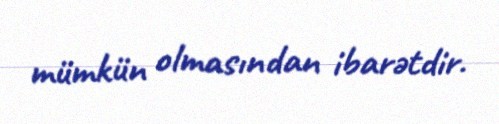
mümkün olmasından ibarətdir.